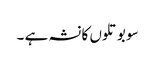
سو بوتلوں کا نشہ ہے ۔